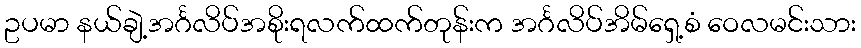
ဥပမာ နယ်ချဲ့အင်္ဂလိပ်အစိုးရလက်ထက်တုန်းက အင်္ဂလိပ်အိမ်ရှေ့စံ ဝေလမင်းသား